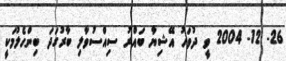
26- 12- 2004 ވީ ދުވަހު އޭޝިޔާ ބައްރު ސިއްސުވާލި ބާރުގަދަ ބިންހެލުމަކީ